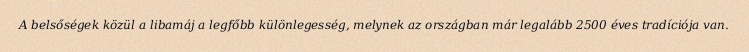
A belsőségek közül a libamáj a legfőbb különlegesség, melynek az országban már legalább 2500 éves tradíciója van.